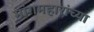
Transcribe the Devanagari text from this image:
मांगमहारांच्या